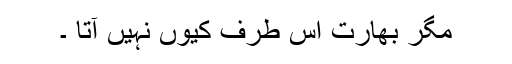
مگر بھارت اس طرف کیوں نہیں آتا ۔